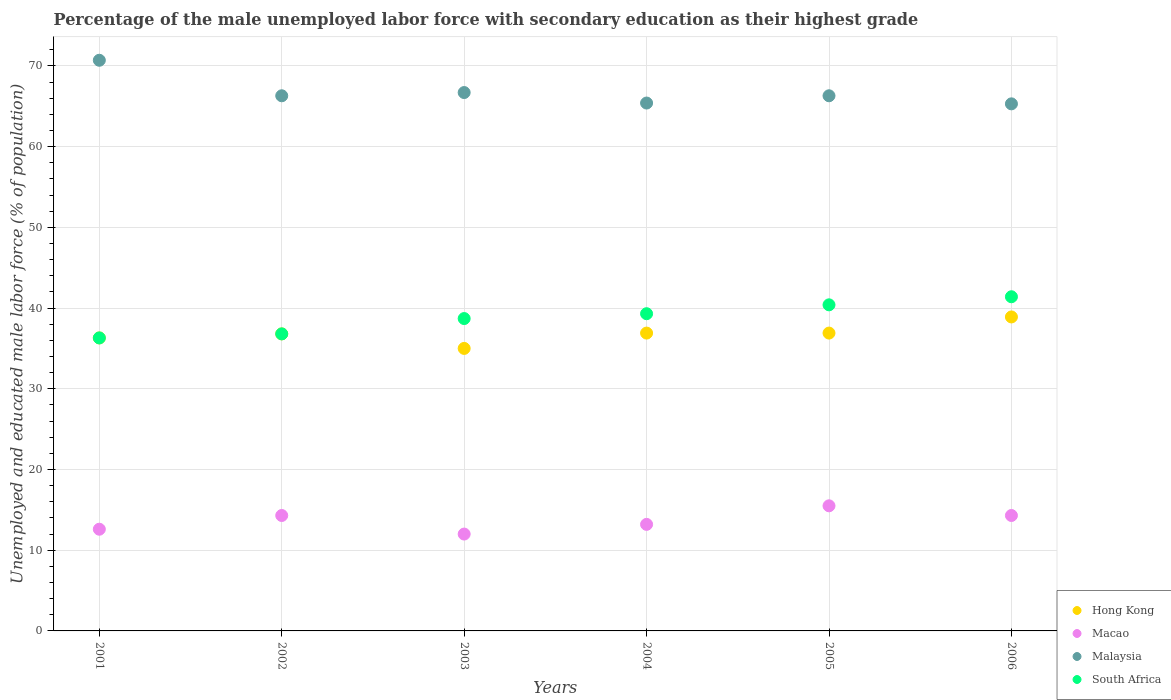
| Years | Hong Kong | Macao | Malaysia | South Africa |
 | --- | --- | --- | --- | --- |
 | 2001 | 36.3 | 12.6 | 70.7 | 36.3 |
 | 2002 | 36.8 | 14.3 | 66.3 | 36.8 |
 | 2003 | 35 | 12 | 66.7 | 38.7 |
 | 2004 | 36.9 | 13.2 | 65.4 | 39.3 |
 | 2005 | 36.9 | 15.5 | 66.3 | 40.4 |
 | 2006 | 38.9 | 14.3 | 65.3 | 41.4 |